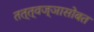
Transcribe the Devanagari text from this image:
तत्त्वज्ञासोबत